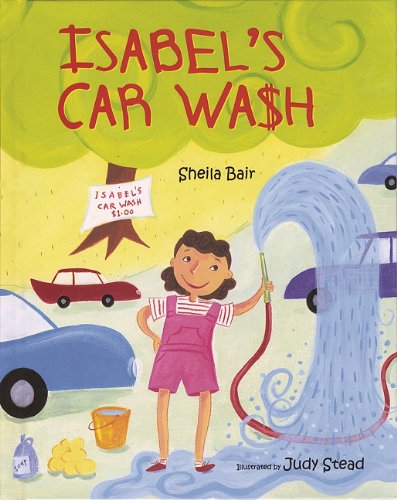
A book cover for Isabel's Car Wash; Sheila Bair; Children's Books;